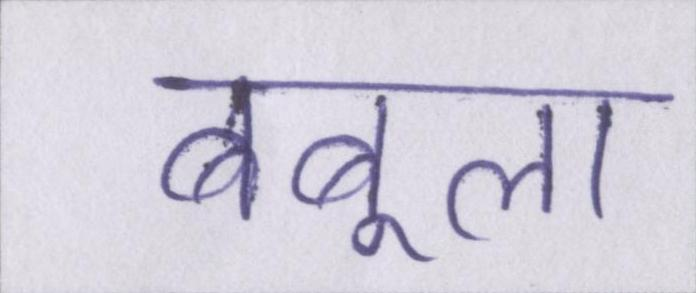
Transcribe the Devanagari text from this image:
बबूला